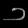
Digit: ၁